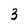
Character: 3